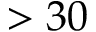
> 3 0